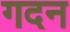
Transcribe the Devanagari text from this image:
गदन